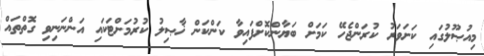
މިއުޞޫލުގައި ކަށަވަރު ކުރަންޖެހޭ ކަމަށް ބަޔާންކޮށްފައިވާ ކަންކަން ޚާޞިލު ކުރުމަށްޓަކައި އަންނަނިވި ގޮތްތައް